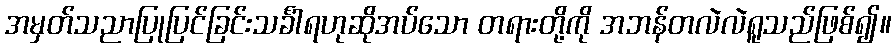
အမှတ်သညာပြုပြင်ခြင်းသင်္ခါရဟုဆိုအပ်သော တရားတို့ကို အဘန်တလဲလဲရူသည်ဖြစ်၍။